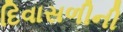
દિવાસળીની